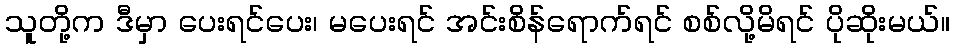
သူတို့က ဒီမှာ ပေးရင်ပေး၊ မပေးရင် အင်းစိန်ရောက်ရင် စစ်လို့မိရင် ပိုဆိုးမယ်။